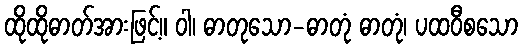
ထိုထိုဓာတ်အားဖြင့်။ ဝါ၊ ဓာတုသော-ဓာတုံ ဓာတုံ၊ ပထဝီစသော